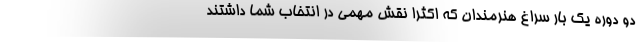
دو دوره یک بار سراغ هنرمندان که اکثرا نقش مهمی در انتخاب شما داشتند